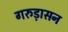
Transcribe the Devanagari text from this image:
गरुड़ासन